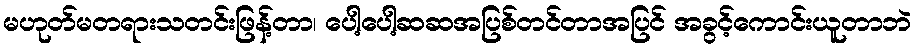
မဟုတ်မတရားသတင်းဖြန့်တာ၊ ပေါ့ပေါ့ဆဆအပြစ်တင်တာအပြင် အခွင့်ကောင်းယူတာဘဲ